Civil Veterinary Dept. Bombay admin report 1907-1913 - 1907-1913
Year: 1907
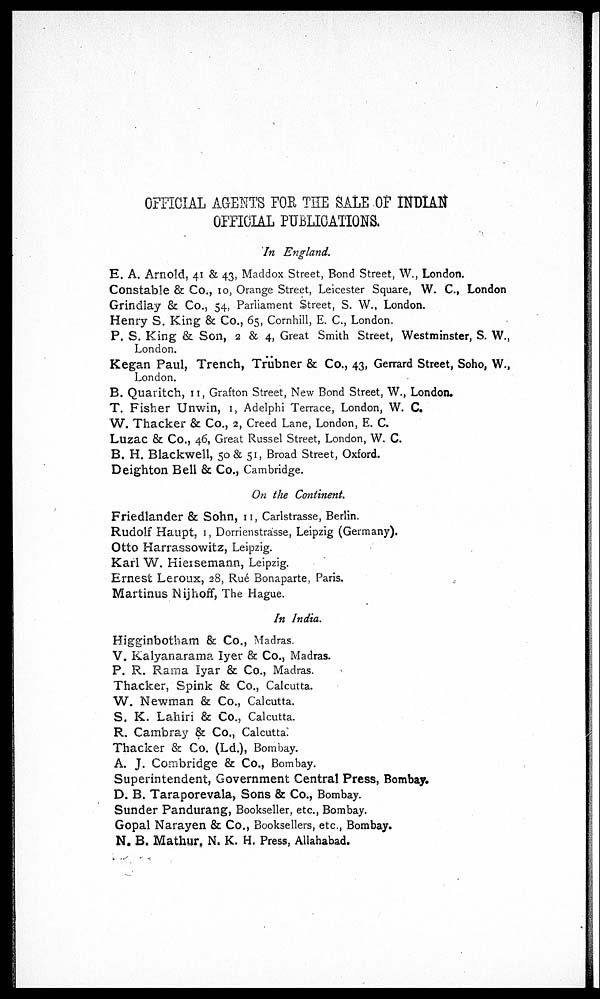
OFFICIAL AGENTS FOR THE SALE OF INDIAN
OFFICIAL PUBLICATIONS.
In England.
E. A. Arnold, 41 & 43, Maddox Street, Bond Street, W., London.
Constable & Co., 10, Orange Street, Leicester Square, W. C., London
Grindlay & Co., 54, Parliament Street, S. W., London.
Henry S. King & Co., 65, Cornhill, E. C., London.
P. S. King & Son, 2 & 4, Great Smith Street, Westminster, S. W.,
London.
Kegan Paul, Trench, Trübner & Co., 43, Gerrard Street, Soho, W.,
London.
B. Quaritch, 11, Grafton Street, New Bond Street, W., London.
T. Fisher Unwin, 1, Adelphi Terrace, London, W. C.
W. Thacker & Co., 2, Creed Lane, London, E. C.
Luzac & Co., 46, Great Russel Street, London, W. C.
B. H. Blackwell, 50 & 51, Broad Street, Oxford.
Deighton Bell & Co., Cambridge.
On the Continent.
Friedlander & Sohn, 11, Carlstrasse, Berlin.
Rudolf Haupt, 1, Dorrienstrasse, Leipzig (Germany).
Otto Harrassowitz, Leipzig.
Karl W. Hiersemann, Leipzig.
Ernest Leroux, 28, Rué Bonaparte, Paris.
Martinus Nijhoff, The Hague.
In India.
Higginbotham & Co., Madras.
V. Kalyanarama Iyer & Co., Madras.
P. R. Rama Iyar & Co., Madras.
Thacker, Spink & Co., Calcutta.
W. Newman & Co., Calcutta.
S. K. Lahiri & Co., Calcutta.
R. Cambray & Co., Calcutta.
Thacker & Co. (Ld.), Bombay.
A. J. Combridge & Co., Bombay.
Superintendent, Government Central Press, Bombay.
D. B. Taraporevala, Sons & Co., Bombay.
Sunder Pandurang, Bookseller, etc., Bombay.
Gopal Narayen & Co., Booksellers, etc., Bombay.
N. B. Mathur, N. K. H. Press, Allahabad.